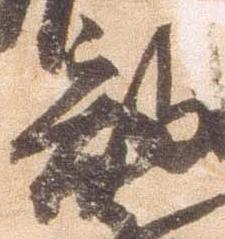
部